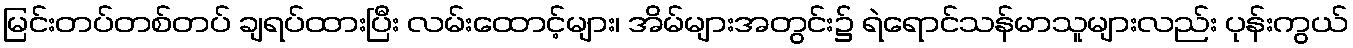
မြင်းတပ်တစ်တပ် ချရပ်ထားပြီး လမ်းထောင့်များ၊ အိမ်များအတွင်း၌ ရဲရောင်သန်မာသူများလည်း ပုန်းကွယ်